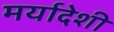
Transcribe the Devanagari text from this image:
मर्यादेशी